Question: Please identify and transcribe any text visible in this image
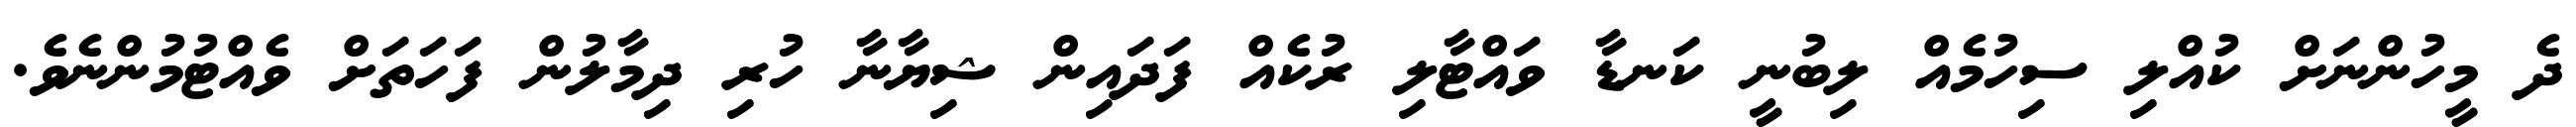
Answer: ދެ މީހުންނަށް ކުއްލި ސިހުމެއް ލިބުނީ ކަނޑާ ވައްޓާލި ރުކެއް ފަދައިން ޝިޔާނާ ހުރި ދިމާލުން ފަހަތަށް ވެއްޓުމުންނެވެ.